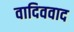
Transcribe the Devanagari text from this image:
वादिववाद